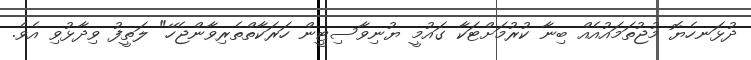
ދުޅަނހެޔޮ މުޖުތަމައުއެއް ބިނާ ކުރުމަށްޓަކާ ގައުމީ ޔުނިވާސިޓީން ހަރަކާތްތެރިވާންޖެހޭ" ލަތީފު ވިދާޅުވި އެވެ.